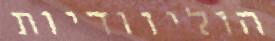
הוליוודיות